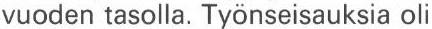
vuoden tasolla. Työnseisauksia oli